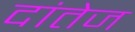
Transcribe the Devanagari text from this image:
दांतेज